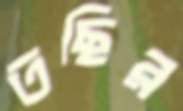
তছির